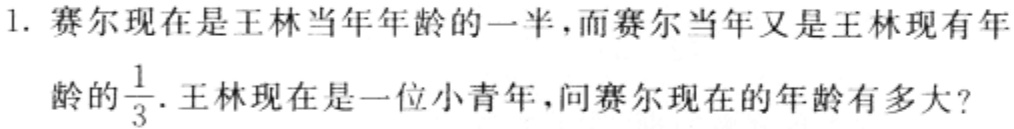
1. 赛尔现在是王林当年年龄的一半，而赛尔当年又是王林现有年龄的$\frac{1}{3}$. 王林现在是一位小青年，问赛尔现在的年龄有多大？